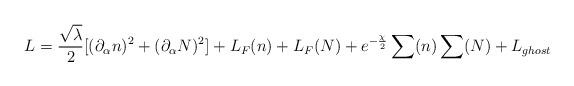
LaTeX: \begin{align*}L=\frac{\sqrt{\lambda }}{2}[(\partial _{\alpha }n)^{2}+(\partial _{\alpha}N)^{2}]+L_{F}(n)+L_{F}(N)+e^{-\frac{\chi }{2}}\sum (n)\sum (N)+L_{ghost}\end{align*}